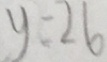
y = 2 6